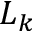
L _ { k }